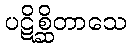
ပဋိစ္ဆိတာသေ